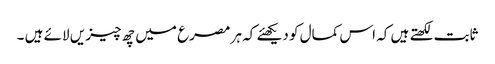
ثابت لکھتے ہیں کہ اس کمال کو دیکھئے کہ ہر مصرع میں چھ چیزیں لائے ہیں ۔